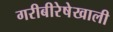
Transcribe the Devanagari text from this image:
गरीबीरेषेखाली